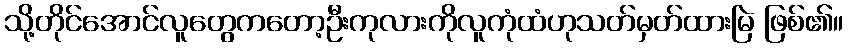
သို့တိုင်အောင်လူတွေကတော့ဦးကုလားကိုလူကုံထံဟုသတ်မှတ်ထားမြဲ ဖြစ်၏။